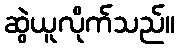
ဆွဲယူလိုက်သည်။